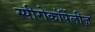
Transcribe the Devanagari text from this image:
स्पीरोकॉर्पेलीज़